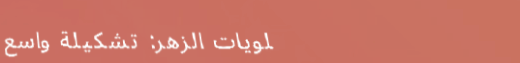
حلويات الزهر: تشكيلة واسع